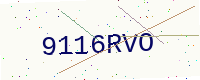
Text: 9116RVO